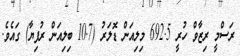
ރަސްމީ ރިޒާވް ހުރީ 692.5 މިލިއަން ޑޮލަރު (10.7 ބިލިއަން ރުފިޔާ) ގައެވެ.